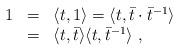
LaTeX: \begin{align*}\begin{array}{rcl}1&=&\langle t,1\rangle=\langle t,{\bar t}\cdot{\bar t}^{-1}\rangle\\ &=&\langle t,\bar{t}\rangle\langle t,\bar{t}^{-1}\rangle~,\end{array}\end{align*}